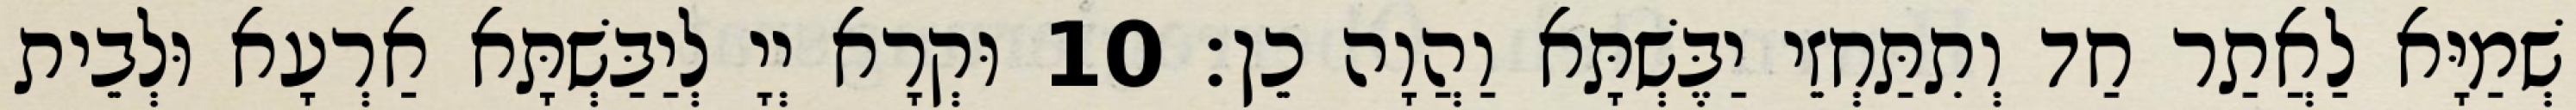
שְׁמַיָּא לַאֲתַר חַד וְתִתַּחְזֵי יַבֶּשְׁתָּא וַהֲוָה כֵן׃ 10 וּקְרָא יְיָ לְיַבַּשְׁתָּא אַרְעָא וּלְבֵית